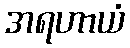
အရဟာယံ